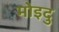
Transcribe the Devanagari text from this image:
मोइदु